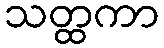
သတ္ထကာ